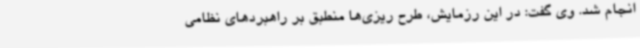
انجام شد. وی گفت: در این رزمایش، طرح ریزی‌ها منطبق بر راهبردهای نظامی